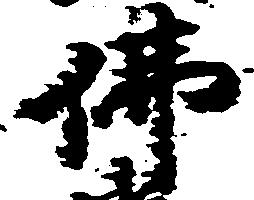
仏